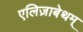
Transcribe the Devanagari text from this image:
एलिज़ाबेथम्